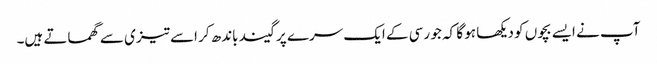
آپ نے ایسے بچوں کو دیکھا ہو گا کہ جو رسی کے ایک سرے پر گیند باندھ کر اسے تیزی سے گھماتے ہیں۔